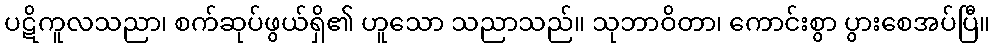
ပဋိကူလသညာ၊ စက်ဆုပ်ဖွယ်ရှိ၏ ဟူသော သညာသည်။ သုဘာဝိတာ၊ ကောင်းစွာ ပွားစေအပ်ပြီ။